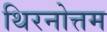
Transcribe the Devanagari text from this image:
थिरनोत्तम